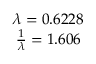
\begin{array} { c } { \lambda = 0 . 6 2 2 8 } \\ { \frac { 1 } { \lambda } = 1 . 6 0 6 } \end{array}